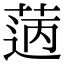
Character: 𦳭